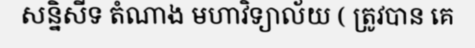
សន្និសីទ តំណាង មហាវិទ្យាល័យ ( ត្រូវបាន គេ